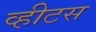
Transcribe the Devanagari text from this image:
व्हीटस